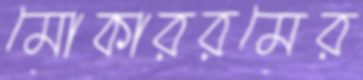
মোকাররমের